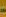
-